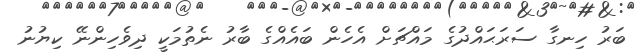
ބަރު ހިނގާ ސަރަޙައްދުގެ މައްޗަށް އެހެން ބައެއްގެ ބާރު ނެތުމަކީ ދިވެހިންނޭ ކިޔުނު